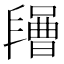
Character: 𣍔